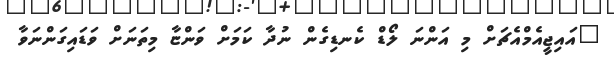
"އައިޖީއެމްއެޗަށް މި އަންނަ ލޯޑް ކެނޑިގެން ނުދާ ކަމަށް ވަންޏާ މިތަނަށް ވަޑައިގަންނަވާ